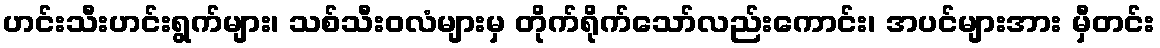
ဟင်းသီးဟင်းရွက်များ၊ သစ်သီးဝလံများမှ တိုက်ရိုက်သော်လည်းကောင်း၊ အပင်များအား မှီတင်း